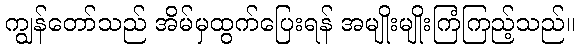
ကျွန်တော်သည် အိမ်မှထွက်ပြေးရန် အမျိုးမျိုးကြံကြည့်သည်။